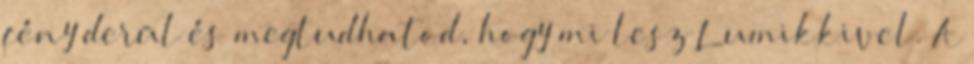
fény derül és megtudhatod, hogy mi lesz Lumikkivel. A